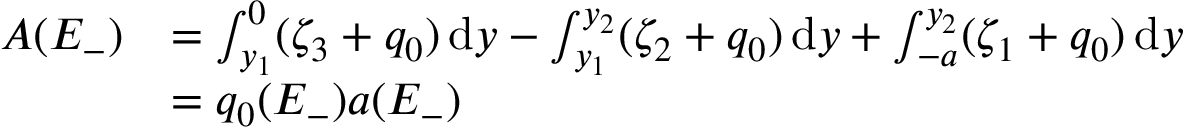
\begin{array} { r l } { A ( E _ { - } ) } & { = \int _ { y _ { 1 } } ^ { 0 } ( \zeta _ { 3 } + q _ { 0 } ) \, \mathrm { d } y - \int _ { y _ { 1 } } ^ { y _ { 2 } } ( \zeta _ { 2 } + q _ { 0 } ) \, \mathrm { d } y + \int _ { - a } ^ { y _ { 2 } } ( \zeta _ { 1 } + q _ { 0 } ) \, \mathrm { d } y } \\ & { = q _ { 0 } ( E _ { - } ) a ( E _ { - } ) } \end{array}